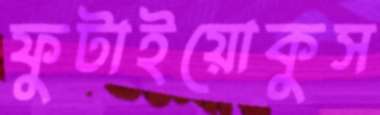
ফুটাইয়োকুস